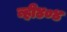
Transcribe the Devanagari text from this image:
व्ही४०४